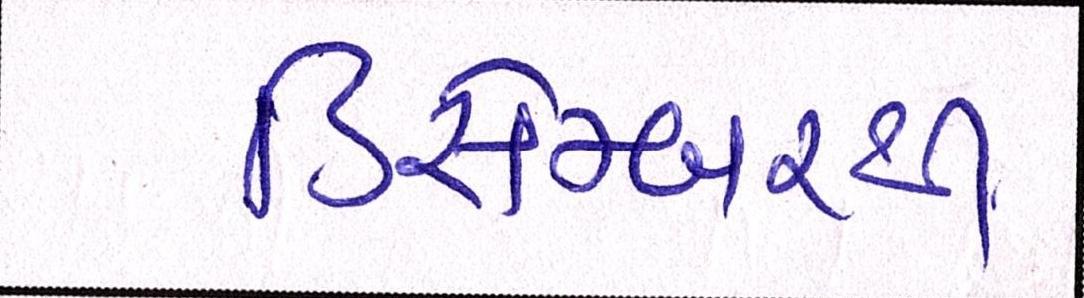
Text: ડિસેમ્બરની